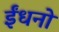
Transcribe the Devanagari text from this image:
ईंधनो